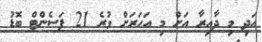
އަދި މި ދާއިރާ އަށް މި އަހަރަށް ވުރެ 21 ޕަސެންޓް ބޮޑު